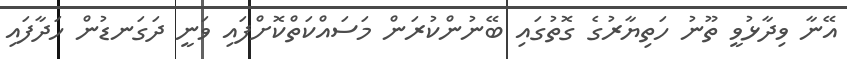
އޭނާ ވިދާޅުވީ ތޫނު ހަތިޔާރުގެ ގޮތުގައި ބޭނުންކުރަން މަސައްކަތްކޮށްފައި ވަނީ ދަގަނޑުން ހަދާފައި